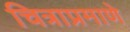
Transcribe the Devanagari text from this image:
चित्राप्रमाणे